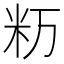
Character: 𥸯